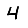
Digit: 4